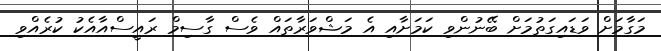
މަގާމަށް ވަޑައިގަތުމަށް ބޭނުންވި ކަމަށާއި އެ މަޝްވަރާތައް ވެސް ގާސިމް ރައީސްއާއެކު ކުރެއްވި